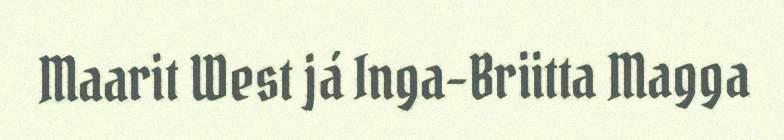
Maarit West já Inga-Briitta Magga